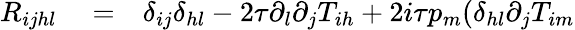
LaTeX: \begin{array}{rlr}{R_{ijhl}}&{{}=}&{\delta_{ij}\delta_{hl}-2\tau\partial_{l}\partial_{j}T_{ih}+2i\tau p_{m}(\delta_{hl}\partial_{j}T_{im}}\end{array}